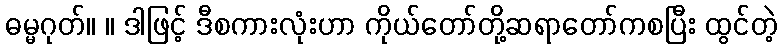
ဓမ္မဂုတ်။ ။ ဒါဖြင့် ဒီစကားလုံးဟာ ကိုယ်တော်တို့ဆရာတော်ကစပြီး ထွင်တဲ့